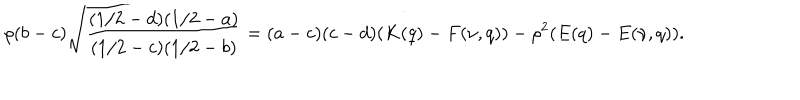
\rho ( b - c ) \sqrt { \frac { ( 1 / 2 - d ) ( 1 / 2 - a ) } { ( 1 / 2 - c ) ( 1 / 2 - b ) } } = ( a - c ) ( c - d ) ( K ( q ) - F ( \nu , q ) ) - \rho ^ { 2 } ( E ( q ) - E ( \nu , q ) ) .